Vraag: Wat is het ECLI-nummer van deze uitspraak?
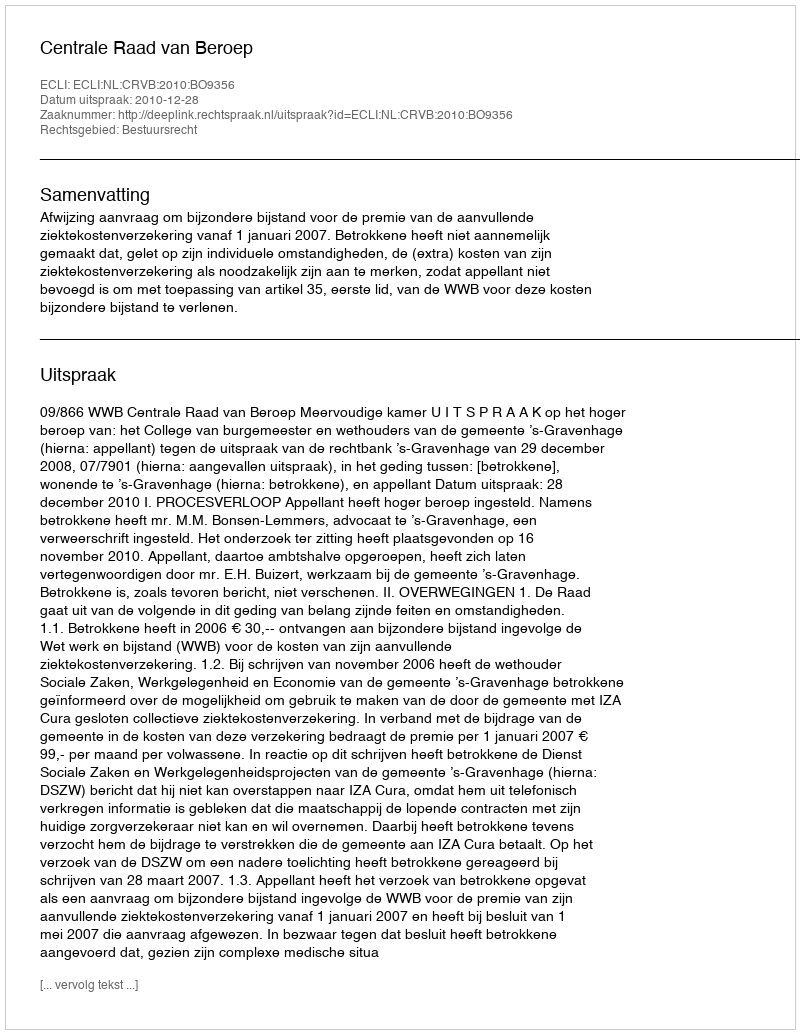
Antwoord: ECLI:NL:CRVB:2010:BO9356